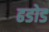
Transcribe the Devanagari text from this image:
ढडोड